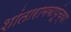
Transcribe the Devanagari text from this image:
शांतारामबापूंच्या